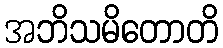
အဘိသမိတောတိ